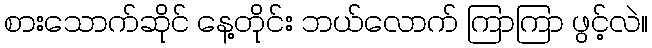
စားသောက်ဆိုင် နေ့တိုင်း ဘယ်လောက် ကြာကြာ ဖွင့်လဲ။